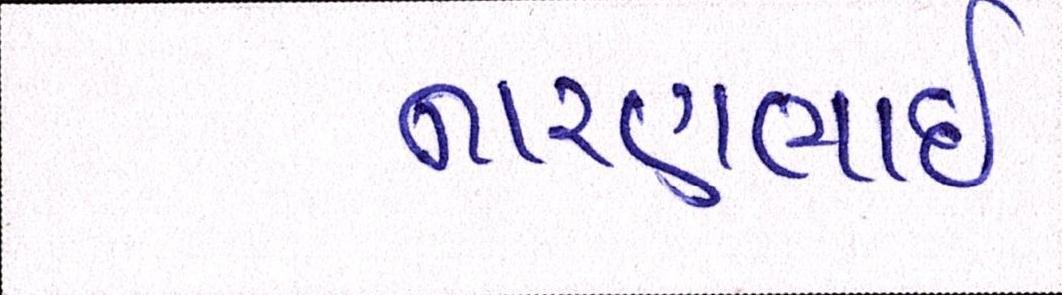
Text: નારણભાઈ